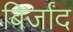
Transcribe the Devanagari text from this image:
बिर्जांद